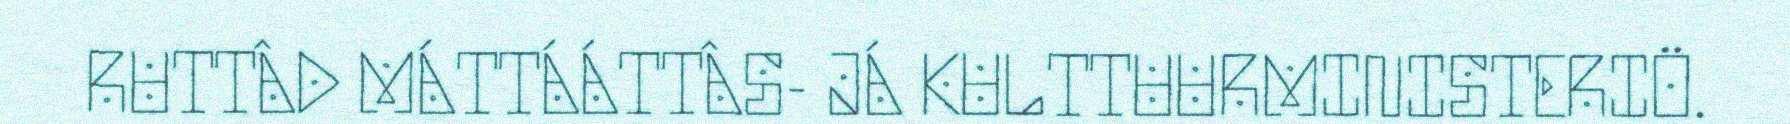
RUTTÂD MÁTTÁÁTTÂS- JÁ KULTTUURMINISTERIÖ.